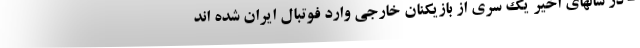
- در سالهای اخیر یک سری از بازیکنان خارجی وارد فوتبال ایران شده اند